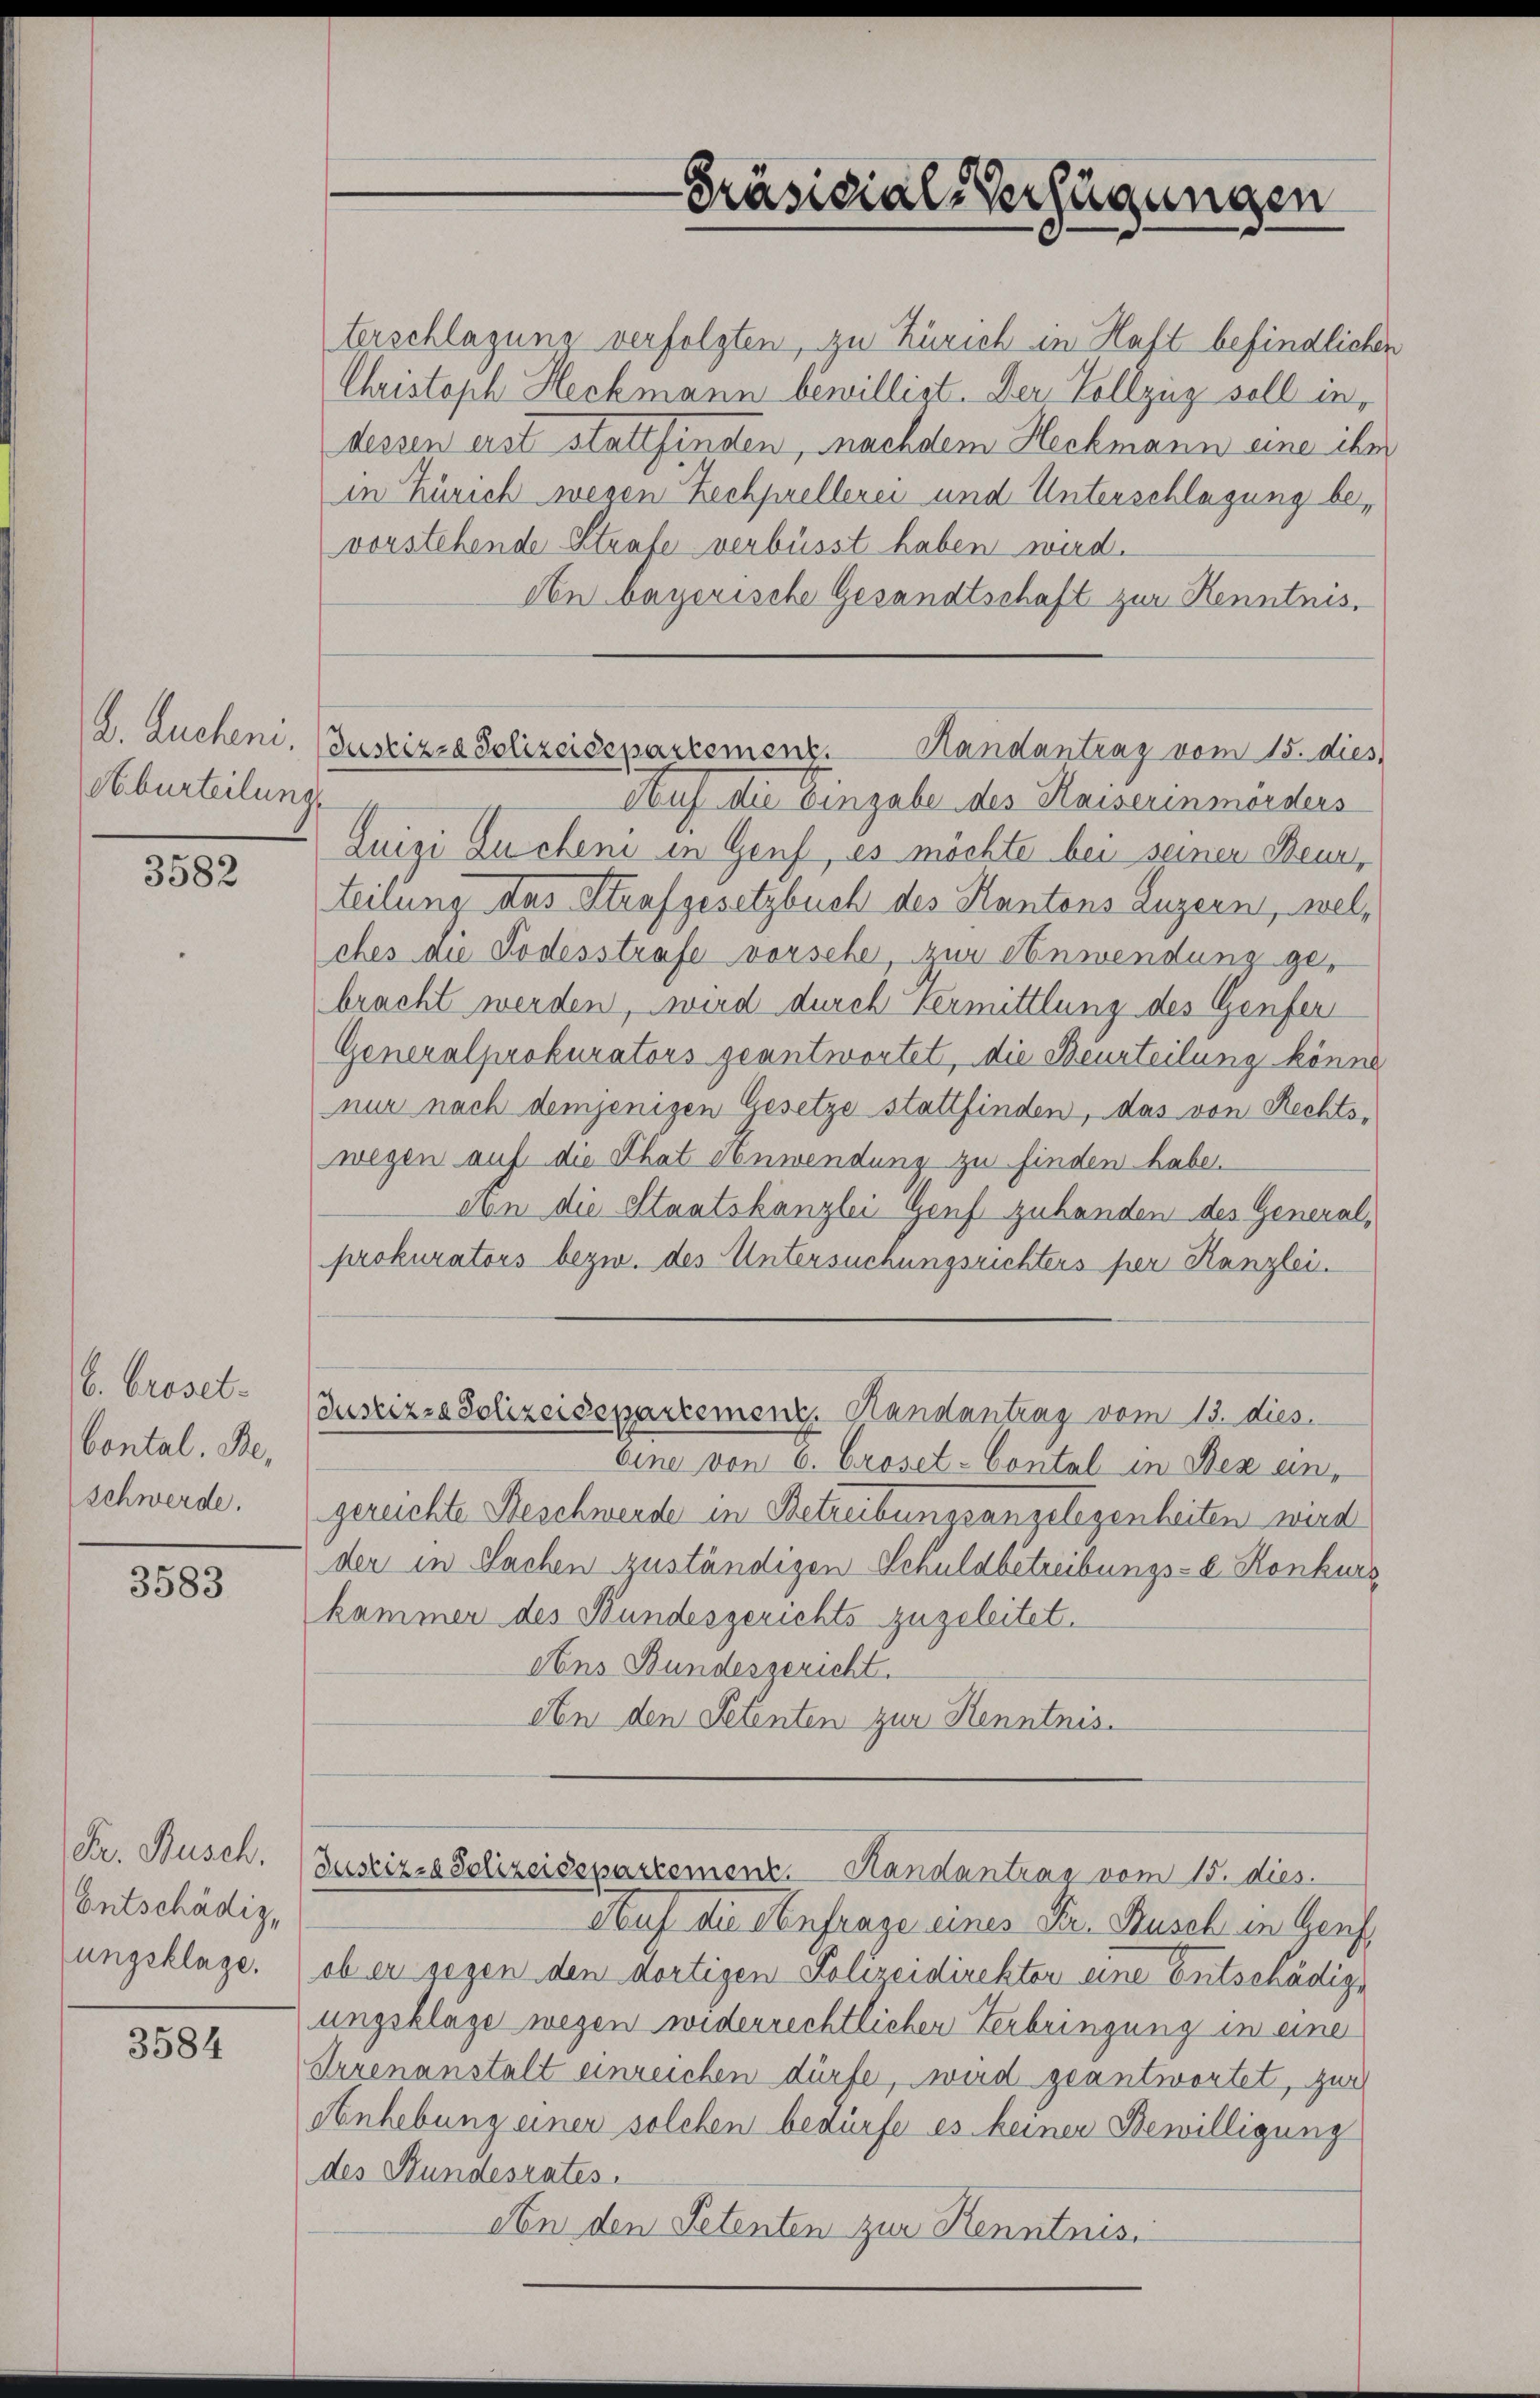
Aburteilung

3582

b. broset.
Contal. Be
Schwerde.

3583

Fr. Busch.
Entschädig
ungsklage.

3584

terschlagung verfolgten, zu Zürich in Haft befindlichen
Christoph Heckmann bewilligt. Der Vollzug soll in,
dessen ist stattfinsten, nachdem Heckmann eine ihr
in Zürich wegen Zechprellerei und Unterschlagung bevorstehende Strafe verbüsst haben wird.
An bayerische Gesandtschaft zur Kenntnis,
Auf die Eingabe des Kaiserinmörders
Luigi Kucheni in Genf, es möchte bei seiner Beun,
teilung das Strafgesetzbuch des Kantons Luzern, welches die Todesstrafe vorsche zur Anwendung gebracht werden, wird durch Vermittlung des Genfer
Generalprokurators geantwortet, die Beurteilung könne
nur nach demjenigen Gesetze stattfinden, das von Rechtswegen auf die That Anwendung zu finden habe.
An die Staatskanzlei Genf zuhanden des Generalprokurators bezw. des Untersuchungsrichters per Kanzlei.
Juskizze Polizeisepartement. Handantrag vom 13. dies
eine von 6. Croset-Contal in Bex ein-
gereichte Beschwerde in Betreibungsangelegenheiten wird
der in Sachen zuständigen Schuldbetreibungs- u. Konkurs
kammen des Bundesgerichts zugeleitet.
Ans Bundesgericht.
An den Petenten zur Kenntnis.
Justiz-Polizeisepartement. Handantrag vom 15. dies
Auf die Anfrage eines Dr. Busch in Genf
ob er gegen den dortigen Polizeidirektor eine Entschädige
ungsklage wegen widerrechtlicher Verbringung in eine
Irrenanstalt einreichen dürfe, wird geantwortet, zur
Anhebung einer solchen bedürfe es keiner Bewilligung
des Stundesrates.
An den Petenten zur Kenntnis.

2. Zucheni. (Justizza Polizeisepartemenz. Handantrag vom 15. dies

-Präsidial-Verfügungen